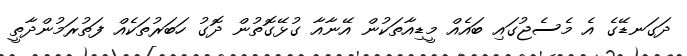
ދަގަނޑޭގެ އެ މެސެޖުގައި ބައެއް މީޑިއާތަކުން އޭނާއާ ގުޅޭގޮތުން ދޮގު ހަބަރުތަކެއް ފަތުރަމުންދާތީ